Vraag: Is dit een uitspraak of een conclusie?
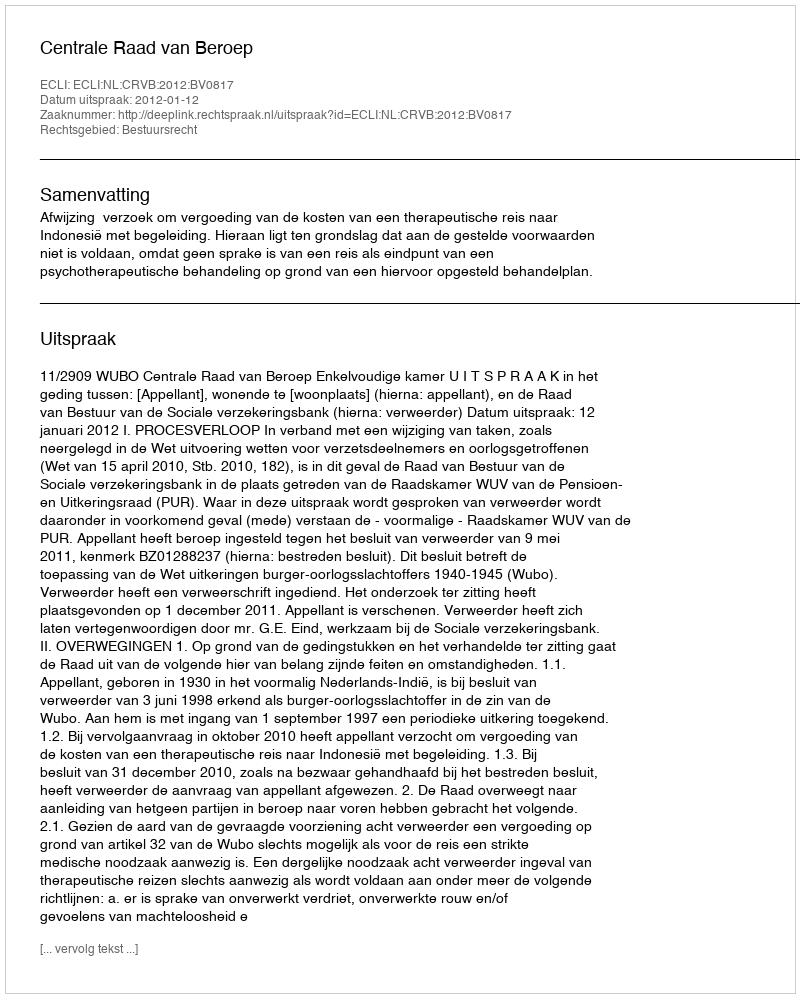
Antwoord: Uitspraak